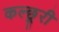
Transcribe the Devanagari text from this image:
कल्छूरी